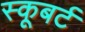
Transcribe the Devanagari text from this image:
स्कूबर्ट